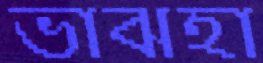
ভাঝহা